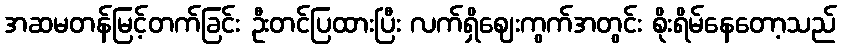
အဆမတန်မြင့်တက်ခြင်း ဦးတင်ပြထားပြီး လက်ရှိဈေးကွက်အတွင်း စိုးရိမ်နေတော့သည်